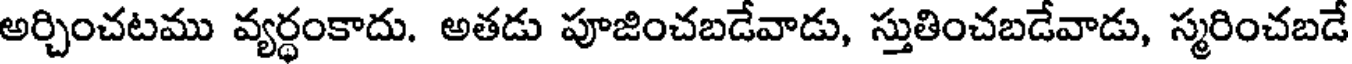
అర్చించటము వ్యర్ధంకాదు. అతడు పూజించబడేవాడు, స్తుతించబడేవాడు, స్మరించబడే